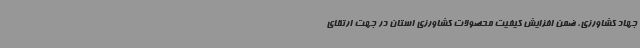
جهاد کشاورزی، ضمن افزایش کیفیت محصولات کشاورزی استان در جهت ارتقای